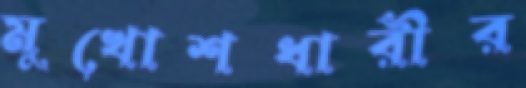
মুখোশধারীর